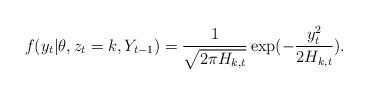
LaTeX: \begin{align*}f(y_t|\theta,z_t=k,Y_{t-1})=\frac{1}{\sqrt{ 2\pi H_{k,t}}}\exp(-\frac{y^2_t}{2H_{k,t}}).\end{align*}